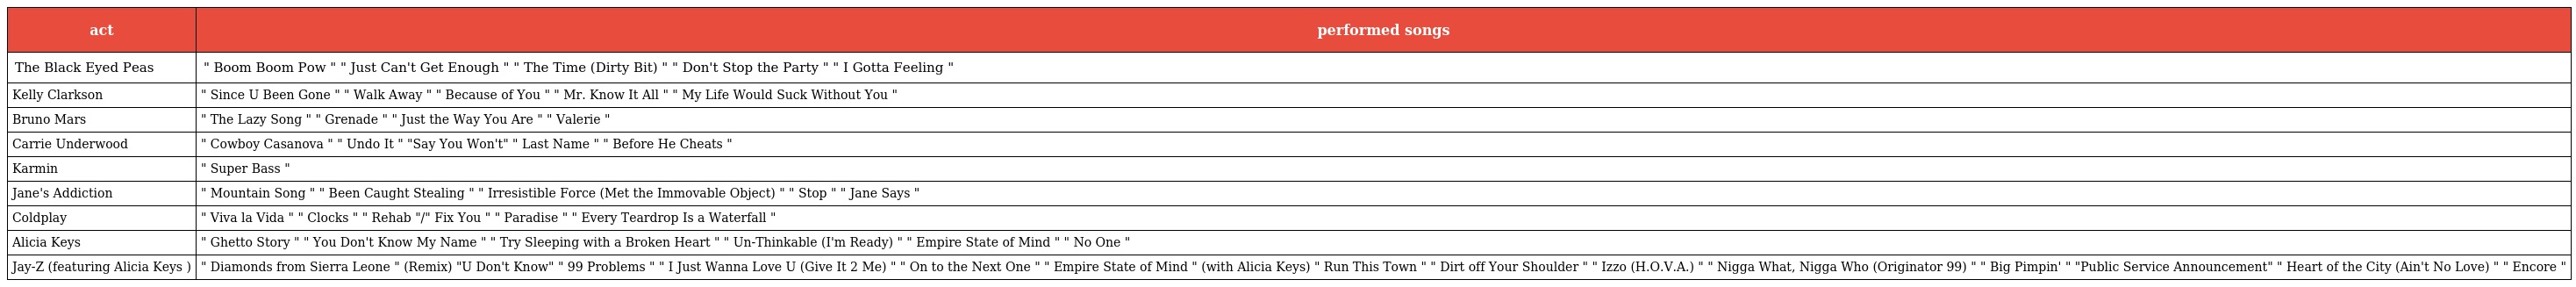
| act | performed songs |
 | --- | --- |
 | The Black Eyed Peas | " Boom Boom Pow " " Just Can't Get Enough " " The Time (Dirty Bit) " " Don't Stop the Party " " I Gotta Feeling " |
 | Kelly Clarkson | " Since U Been Gone " " Walk Away " " Because of You " " Mr. Know It All " " My Life Would Suck Without You " |
 | Bruno Mars | " The Lazy Song " " Grenade " " Just the Way You Are " " Valerie " |
 | Carrie Underwood | " Cowboy Casanova " " Undo It " "Say You Won't" " Last Name " " Before He Cheats " |
 | Karmin | " Super Bass " |
 | Jane's Addiction | " Mountain Song " " Been Caught Stealing " " Irresistible Force (Met the Immovable Object) " " Stop " " Jane Says " |
 | Coldplay | " Viva la Vida " " Clocks " " Rehab "/" Fix You " " Paradise " " Every Teardrop Is a Waterfall " |
 | Alicia Keys | " Ghetto Story " " You Don't Know My Name " " Try Sleeping with a Broken Heart " " Un-Thinkable (I'm Ready) " " Empire State of Mind " " No One " |
 | Jay-Z (featuring Alicia Keys ) | " Diamonds from Sierra Leone " (Remix) "U Don't Know" " 99 Problems " " I Just Wanna Love U (Give It 2 Me) " " On to the Next One " " Empire State of Mind " (with Alicia Keys) " Run This Town " " Dirt off Your Shoulder " " Izzo (H.O.V.A.) " " Nigga What, Nigga Who (Originator 99) " " Big Pimpin' " "Public Service Announcement" " Heart of the City (Ain't No Love) " " Encore " |